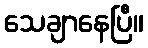
သေချာနေပြီ။